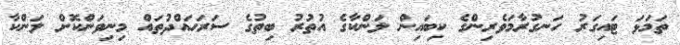
ތަމަޅަ ޓައިގަރު ހަނގުރާމަވެރިންގެ ކިބައިން ލަންކާގެ އުތުރު ބިތުގެ ސަރަހައްދުތައް މިނިވަންކޮށް ލަންކާ